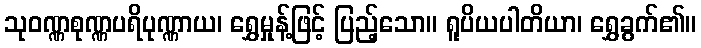
သုဝဏ္ဏစုဏ္ဏပရိပုဏ္ဏာယ၊ ရွှေမှုန့်ဖြင့် ပြည့်သော။ ရူပိယပါတိယာ၊ ရွှေခွက်၏။